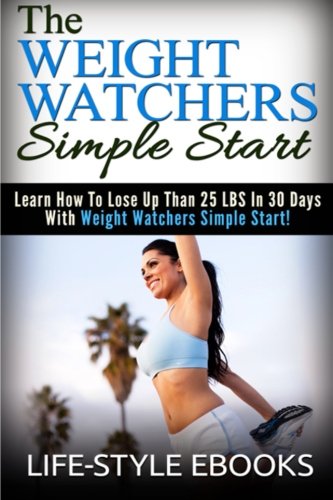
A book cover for Weight Watchers: The WEIGHT WATCHERS Simple Start - Learn How To Lose Up Than 25 LBS In 30 Days With Weight Watchers Simple Start!: (weight watchers, ... watchers simple start, weight watchers 2015); Life -Style; Health, Fitness & Dieting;